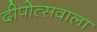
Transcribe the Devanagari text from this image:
दीपोत्सवाला